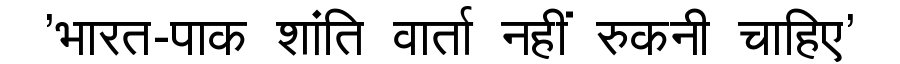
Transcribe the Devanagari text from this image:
'भारत-पाक शांति वार्ता नहीं रुकनी चाहिए'